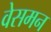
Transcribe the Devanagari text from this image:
वेसमन